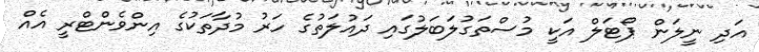
އަދި ނީލަން ޕޯޓަލް އަކީ މުސްތަގުލަބަލުގައި ދައުލަތުގެ ހަރު މުދާތަކުގެ އިންވެންޓްރީ އެއް